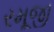
રમૂજી